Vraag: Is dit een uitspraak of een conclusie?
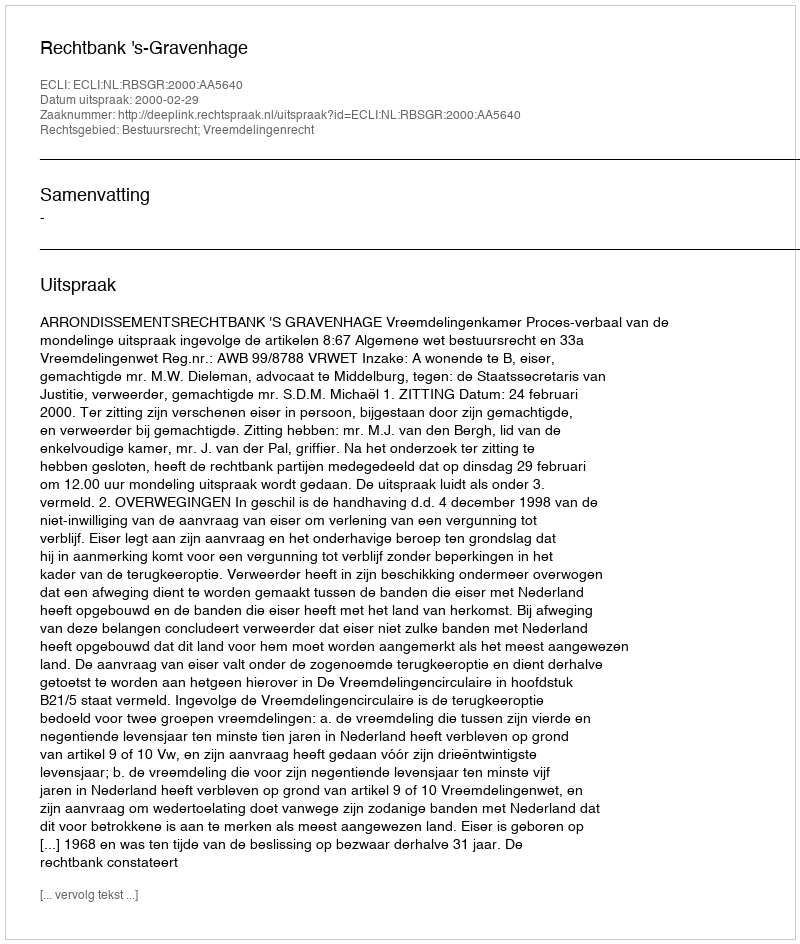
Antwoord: Uitspraak